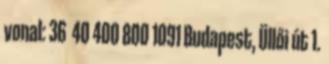
vonal: 36 40 400 800 1091 Budapest, Üllői út 1.